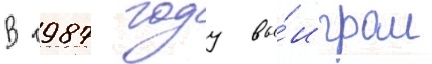
В 1987 году вы́играл